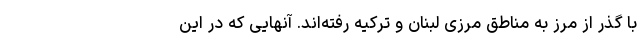
با گذر از مرز به مناطق مرزی لبنان و ترکیه رفته‌اند. آنهایی که در این